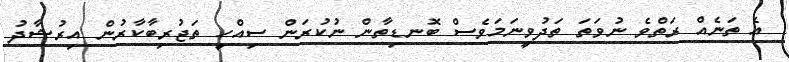
އެ ތަނެއް ރަތްވެ ނުވަތަ ތަދުވީނަމަވެސް ބޮނޑިތާން ނުކުރަން ސިއްހީ ތަޖުރިބާކާރުން އިރުޝާދު